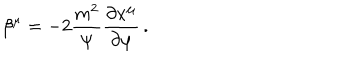
\beta ^ { \mu } = - 2 { \frac { m ^ { 2 } } { \psi } } { \frac { \partial x ^ { \mu } } { \partial \varphi } } \, .